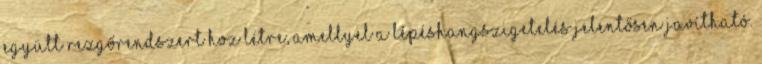
együtt rezgőrendszert hoz létre, amellyel a lépéshangszigetelés jelentősen javítható.